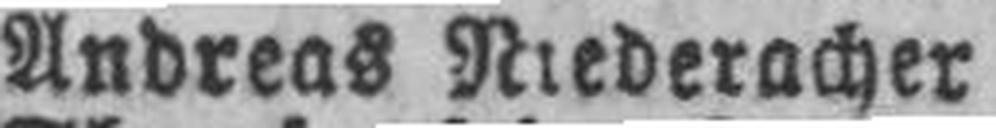
Andreas Niederacher